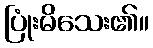
ပြုံးမိသေး၏။